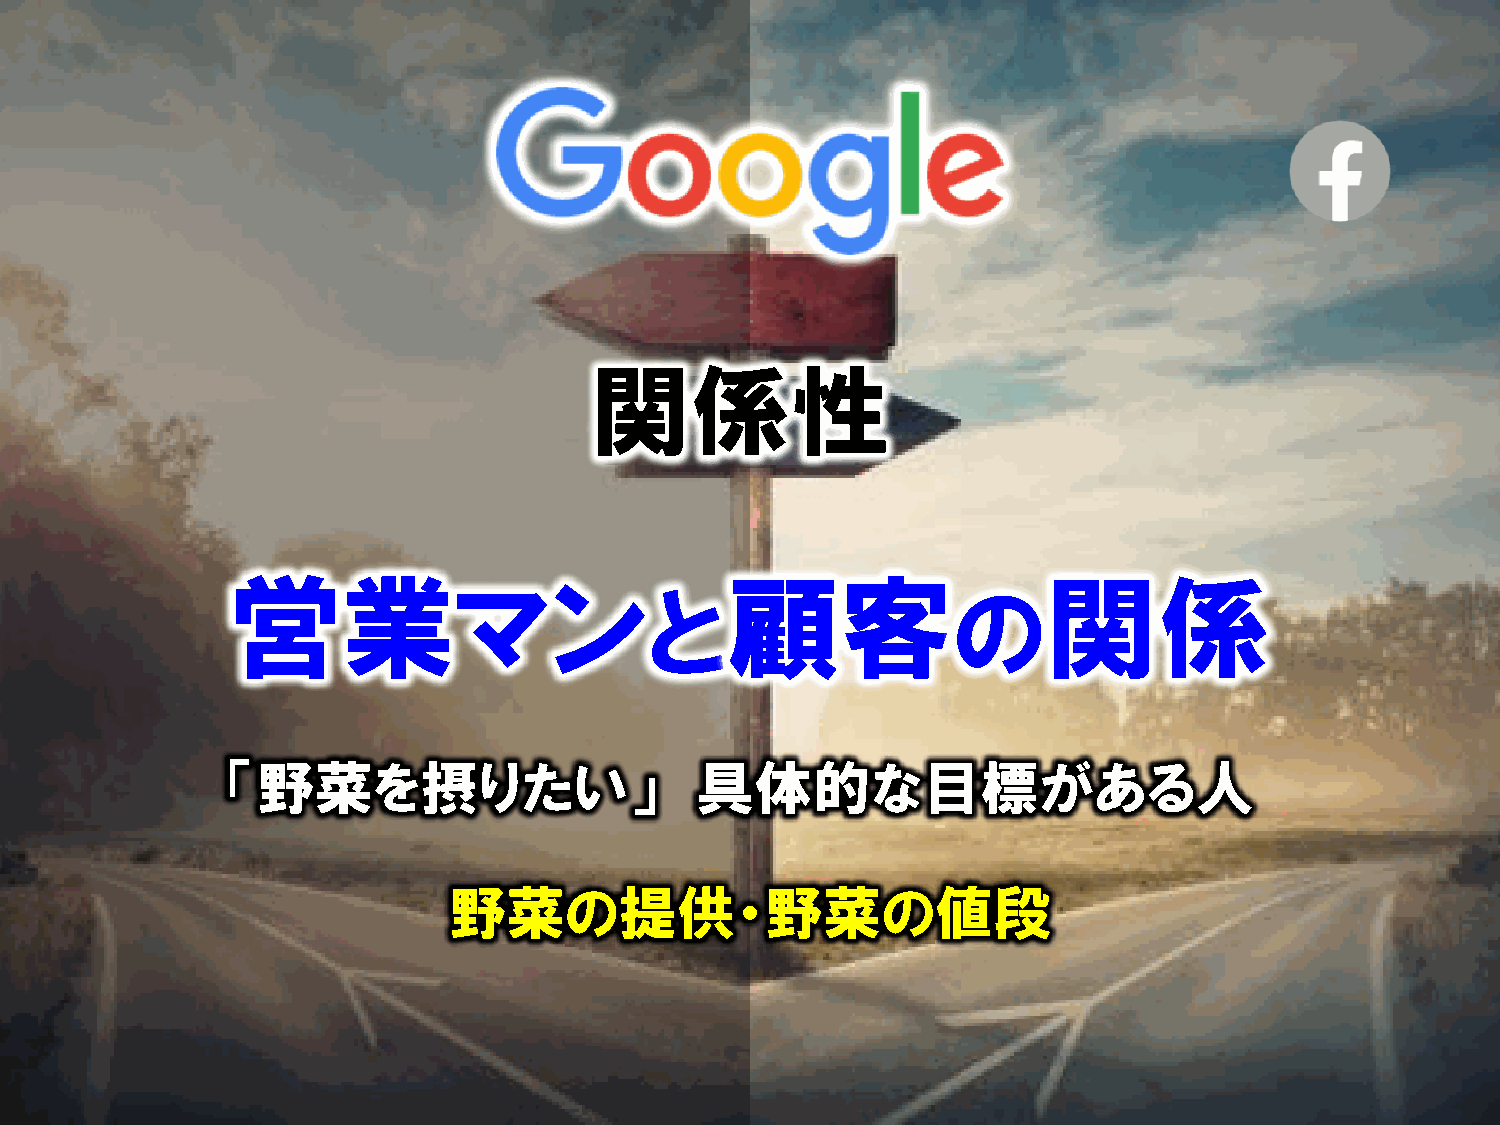
関係性
 営業マン                             顧客                   関係
 と                   の
 「野菜を摂りたい」                      具体的な目標がある人
 野菜の提供・野菜の値段